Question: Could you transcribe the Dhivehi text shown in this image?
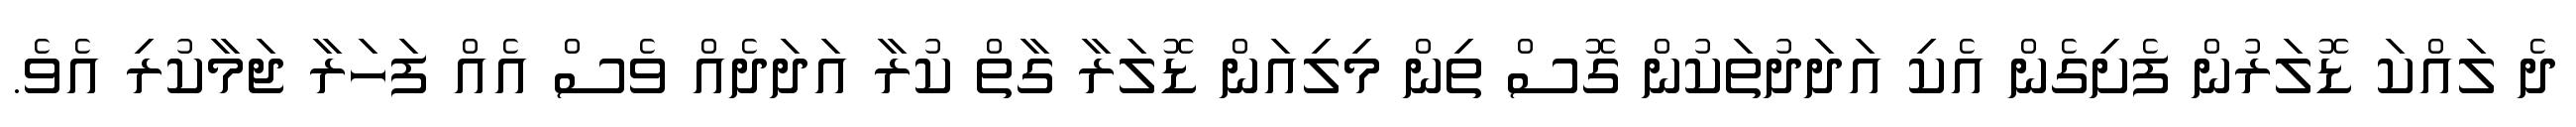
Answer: ދެ ލައްކަ ޑޮލަރުން ފެށިގެން އެކި އަދަދުތަކުން ގޮސް ތިން މިލިއަން ޑޮލަރާ ގާތް ކުރާ އަދަދެއް ވެސް އެއް ފަހަރާ ޖަމާކުރި އެވެ.